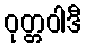
ဝုတ္တဝါဒီ